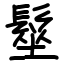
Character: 髽